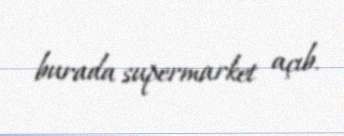
burada supermarket açıb.